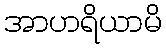
အာဟရိယာမိ